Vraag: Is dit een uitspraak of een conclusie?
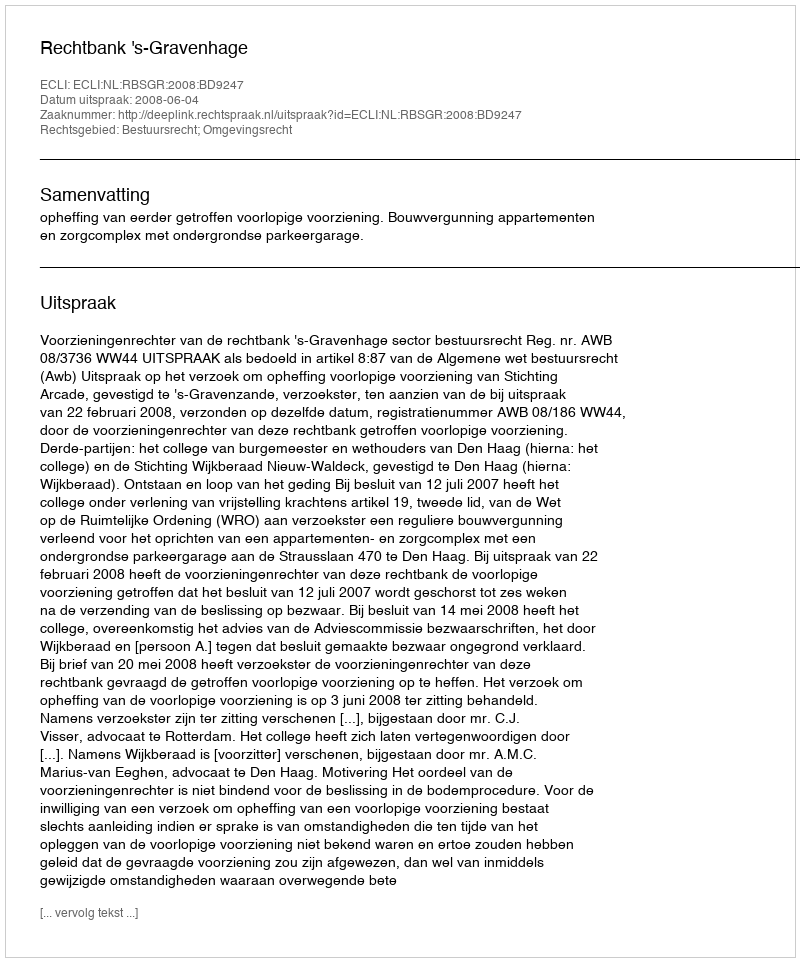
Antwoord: Uitspraak